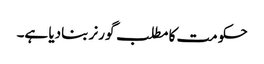
حکومت کا مطلب گورنر بنادیا ہے۔